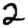
Digit: 2